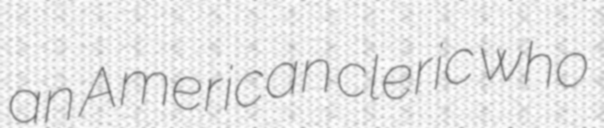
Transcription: an American cleric who